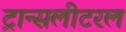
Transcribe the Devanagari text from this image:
ट्रान्सलीटरल